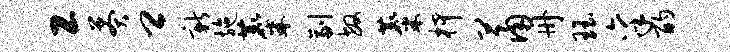
工莽卿新施麋副敏麋柙萧册珏禀酌